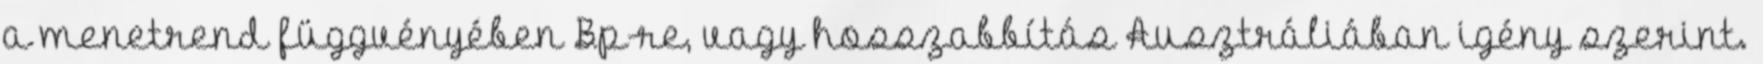
a menetrend függvényében Bp-re, vagy hosszabbítás Ausztráliában igény szerint.